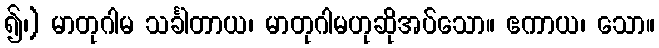
၍၊) မာတုဂါမ သင်္ခါတာယ၊ မာတုဂါမဟုဆိုအပ်သော။ ဧကာယ၊ သော။